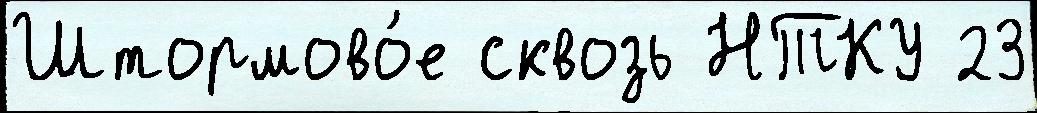
Штормово́е сквозь НТКУ 23